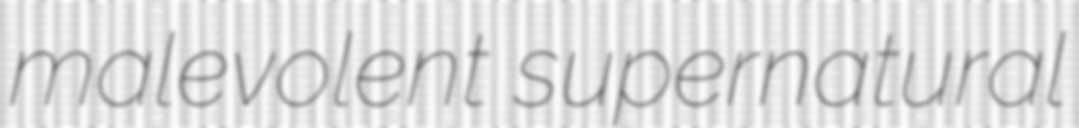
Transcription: malevolent supernatural